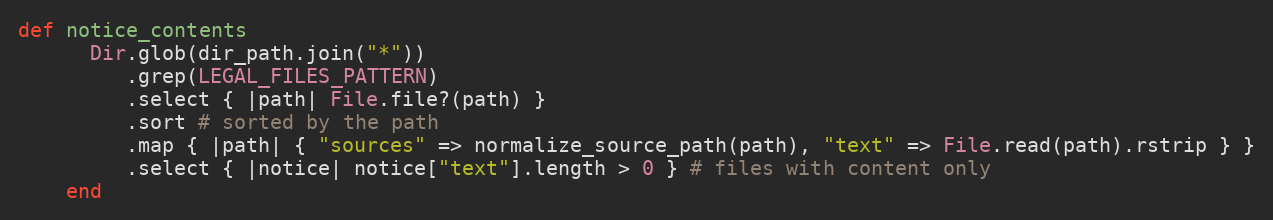
Language: Ruby
def notice_contents
      Dir.glob(dir_path.join("*"))
         .grep(LEGAL_FILES_PATTERN)
         .select { |path| File.file?(path) }
         .sort # sorted by the path
         .map { |path| { "sources" => normalize_source_path(path), "text" => File.read(path).rstrip } }
         .select { |notice| notice["text"].length > 0 } # files with content only
    end